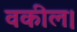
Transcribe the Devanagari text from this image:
वकील।